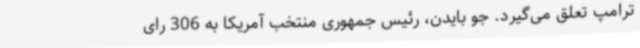
ترامپ تعلق می‌گیرد. جو بایدن، رئیس جمهوری منتخب آمریکا به 306 رای